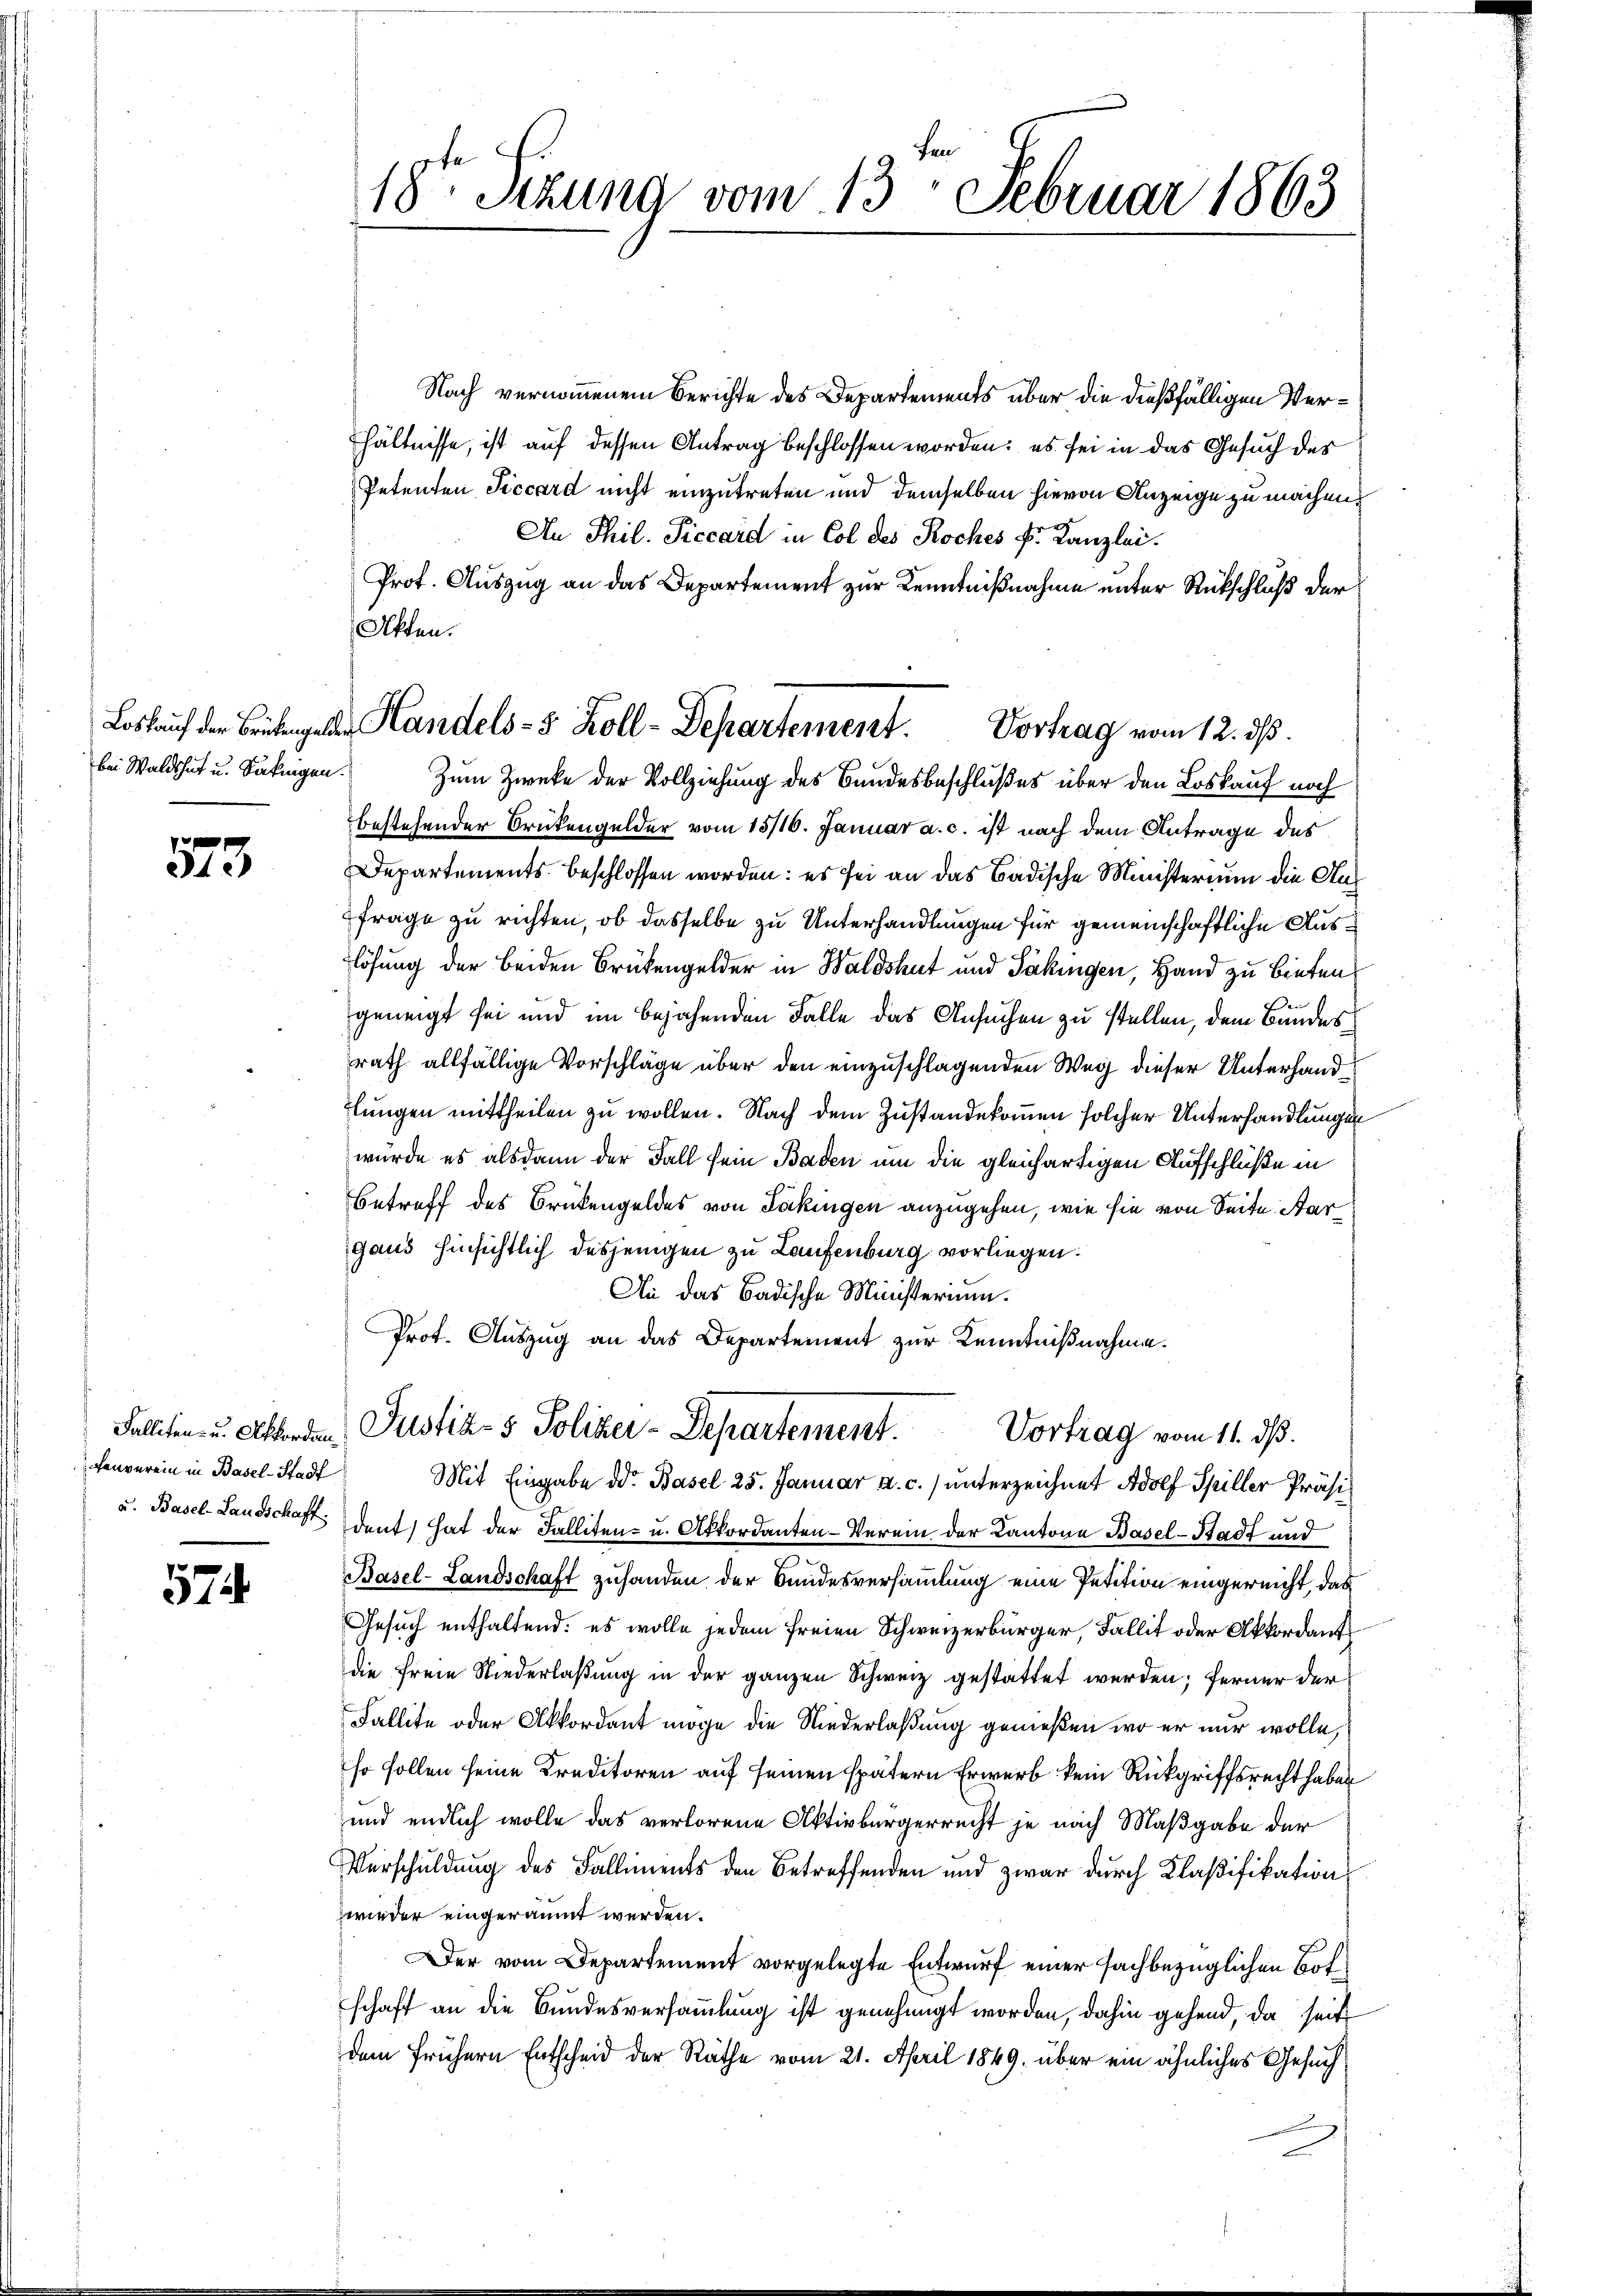
573.

fenverein in Basel-Stadt

574.

18ten Sizung vom 13. Februar 1863

Nach vernommenem Berichte des Departements über die dießfälligen Verhältnisse, ist auf dessen Antrag beschlossen worden; es sei in das Gesuch des
Petenten Piccard nicht einzutreten und demselben hievon Anzeige zu machen.
An Thil. Piccard in Col des Koches k. Kanzlei.
Prot. Auszug an das Departement zur Kenntnißnahme unter Rückschluß der
bestehender Brückengelder vom 13/16. Januar a. c. ist nach dem Antrage des
Departements beschlossen worden: es sei an das Badische Ministerium die Aus
frage zu richten, ob dasselbe zu Unterhandlungen für gemeinschaftliche Auslösung der beiden Brükengelder in Waldshut und Säkingen, Hand zu bieten
geneigt sei und im bejahenden Falle das Ansuchen zu stellen, dem Bundes
rath allfällige Vorschläge über den einzuschlagenden Weg dieser Unterhandtlungen mittheilen zu wollen. Nach dem Zustandekommen solcher Unterhandlungen
wurde es alsdann der Fall sein Baden um die gleichartigen Aufschlüße in
Betreff des Brükengeldes von Säkingen anzugehen, wie sie von Seite Stargaus hinsichtlich desjenigen zu Laufenburg vorliegen.
An das Badische Ministerium.
Prot. Auszug an das Departement zur Kenntnißnahme.

Akten.

Loskauf der Brükengelden Handels- 5 Zoll-Departement. Vortrag vom 12. ds.
bei Waldshut u. Satingen. Zum Zwecke der Vollziehung des Bundesbeschlußes über den Loskauf noch

Falliten u. Altforden Justiz- & Polizei-Departement.
Vortrag vom 11. dß.

Mit Eingabe der Basel 25. Januar a. c. unterzeichnet Adolf Spiller Präsi¬
u. Basel-Landschaft dent hat der Falliten- u. Akkordanten-Verein der Kantone Basel-Stadt und
Basel-Landschaft zuhanden der Bundesversammlung eine Petition eingereicht, das
Gesuch enthaltend: es wolle jedem freien Schweizerbürger, Fallit oder Akkordant
die freie Niederlaßung in der ganzen Schweiz gestattet werden; ferner der
Fallite oder Akkordant möge die Niederlaßung gemeßen, wo er nur wolle,
so sollen seine Kreditoren auf seinen spätern Erwerb kein Rückgriffsrecht haben
und endlich wolle das verlorene Aktivbürgerrecht je nach Maßgabe der
Verschuldung des Falliments den Betreffenden und zwar durch Klaßifikations
wieder eingeräumt werden.
Der vom Departement vorgelegte Entwurf einer fachbezüglichen Botschaft an die Bundesversammlung ist genehmigt worden, dahin gehend, da seit
dem frühern Entscheid der Räthe vom 21. April 1849 über ein ähnliches Gesuch
.